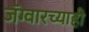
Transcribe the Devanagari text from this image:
जॅग्वारच्याही